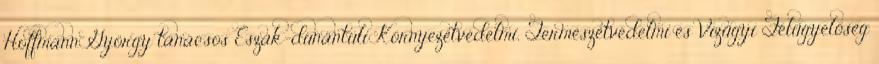
Hoffmann György tanácsos Észak-dunántúli Környezetvédelmi, Természetvédelmi és Vízügyi Felügyelőség